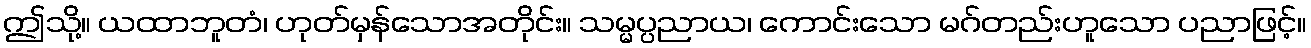
ဤသို့။ ယထာဘူတံ၊ ဟုတ်မှန်သောအတိုင်း။ သမ္မပ္ပညာယ၊ ကောင်းသော မဂ်တည်းဟူသော ပညာဖြင့်။